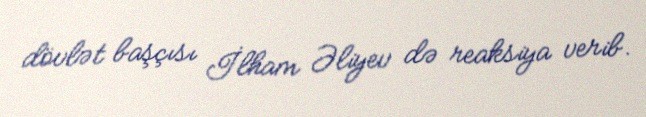
dövlət başçısı İlham Əliyev də reaksiya verib.